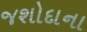
જશોદાના